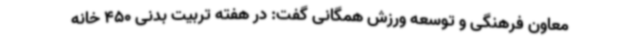
معاون فرهنگی و توسعه ورزش همگانی گفت: در هفته تربیت بدنی 450 خانه